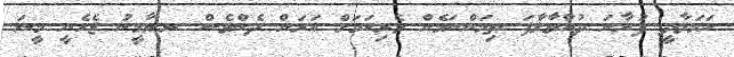
ހަމަލާދީ ފުރާނަ ދުއްވާލާފަ ތިމަންނަމެން ވެރިކަމަށް އަރަން ދެންވެސް ރ.ޔާމީނު ޖެހެނީ މީނަ